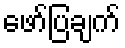
ဖော်ပြချက်